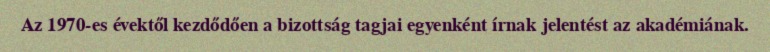
Az 1970-es évektől kezdődően a bizottság tagjai egyenként írnak jelentést az akadémiának.